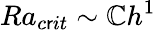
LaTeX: Ra_{c\mathsf{r}it}\sim\mathbb{C}h^{1}